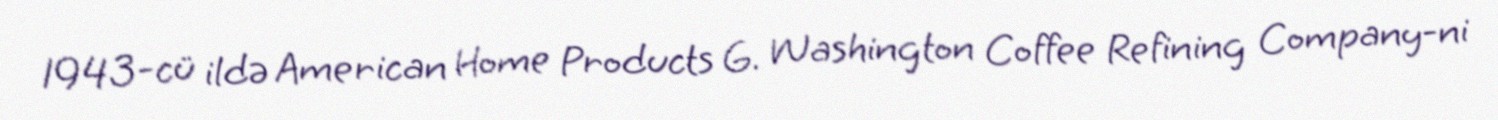
1943-cü ildə American Home Products G. Washington Coffee Refining Company-ni